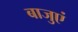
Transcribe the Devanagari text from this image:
बाजुएं